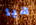
هيا